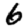
Digit: 6